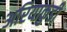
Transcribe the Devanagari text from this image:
अरियाकुडी